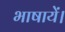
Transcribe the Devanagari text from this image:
भाषायें।